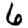
Digit: 6